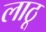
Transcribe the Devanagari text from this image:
लाठू